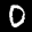
Label: 0